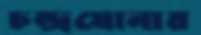
চন্দ্রঘোনায়